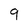
Character: 9